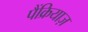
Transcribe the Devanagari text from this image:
पैंक्रियाज़